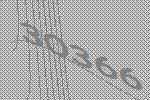
30366